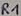
Text: R1